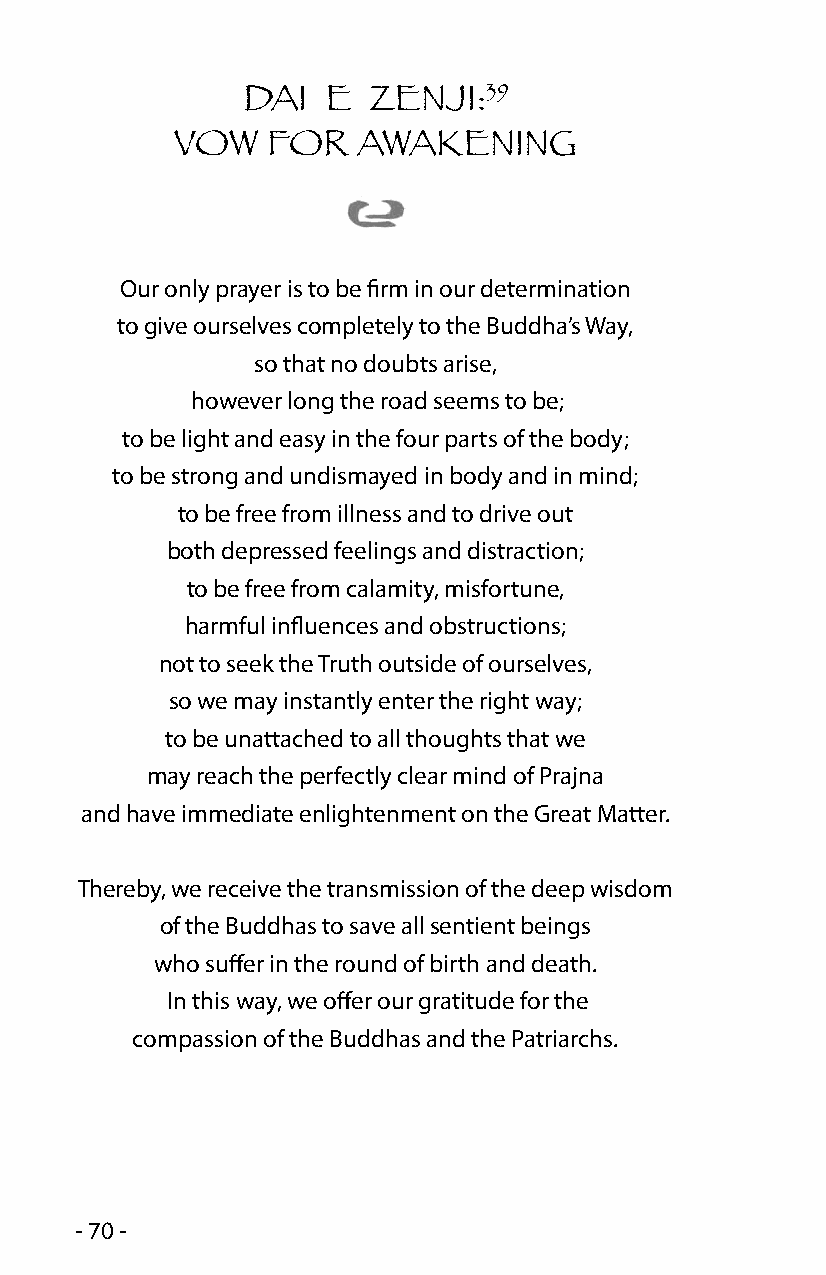
39
 DAI   E ZENJI:
 VOW   FOR   AWAKENING
 Our only prayer is to be firm in our determination
 to give ourselves completely to the Buddha’s Way,
 so that no doubts arise,
 however long the road seems to be;
 to be light and easy in the four parts of the body;
 to be strong and undismayed in body and in mind;
 to be free from illness and to drive out
 both depressed feelings and distraction;
 to be free from calamity, misfortune,
 harmful influences and obstructions;
 not to seek the Truth outside of ourselves,
 so we may instantly enter the right way;
 to be unattached to all thoughts that we
 may reach the perfectly clear mind of Prajna
 and have immediate enlightenment on the Great Matter.
 Thereby, we receive the transmission of the deep wisdom
 of the Buddhas to save all sentient beings
 who suffer in the round of birth and death.
 In this way, we offer our gratitude for the
 compassion of the Buddhas and the Patriarchs.
 - 70 -